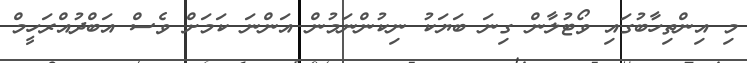
މި އިންތިހާބުގައި ވޯޓުލާން ގިނަ ބަޔަކު ނިކުންނަމުން އަންނަ ކަމަށް ވެސް އަބްދުއްރަހީމް